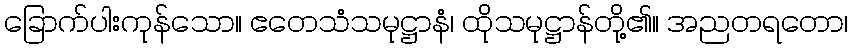
ခြောက်ပါးကုန်သော။ ဧတေသံသမုဋ္ဌာနံ၊ ထိုသမုဋ္ဌာန်တို့၏။ အညတရတော၊